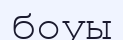
боуы